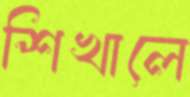
শিখালে